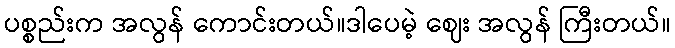
ပစ္စည်းက အလွန် ကောင်းတယ်။ဒါပေမဲ့ ဈေး အလွန် ကြီးတယ်။